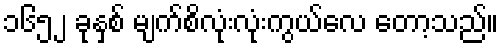
၁၆၅၂ ခုနှစ် မျက်စိလုံးလုံးကွယ်လေ တော့သည်။